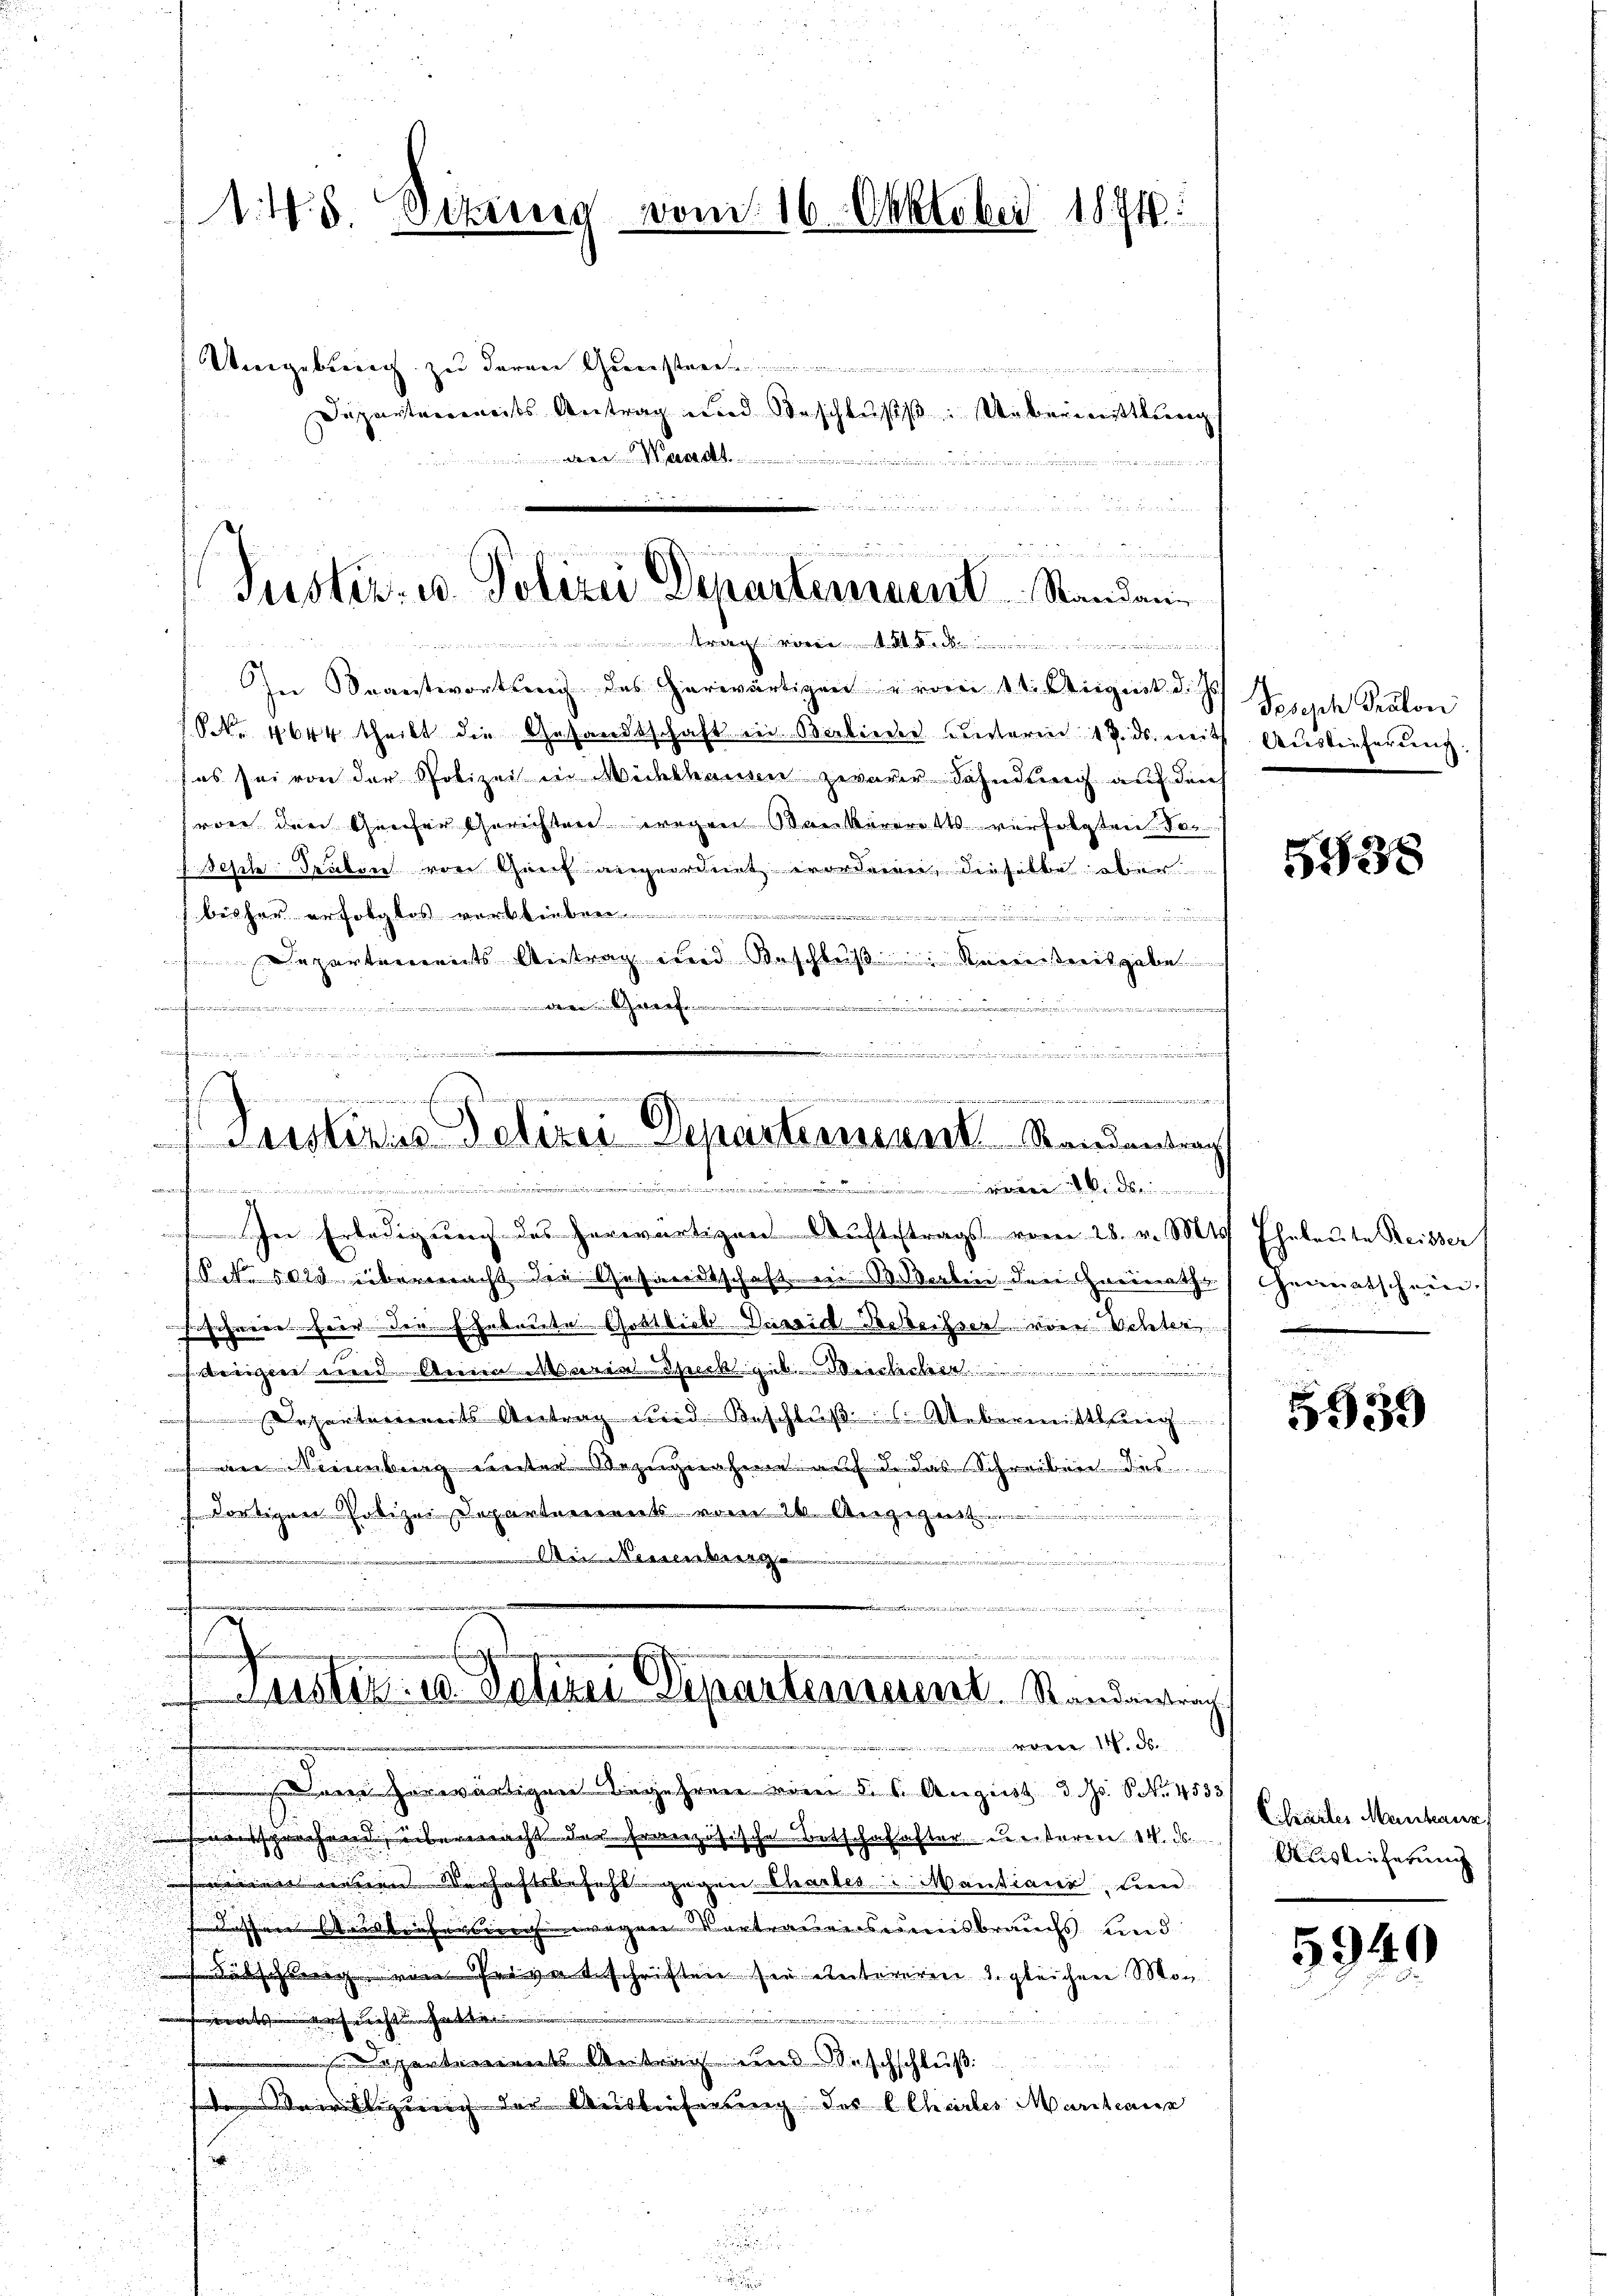
1.45 Sekrieg vom 16. Oktober 1874.

Umgebung zu deren Gunste
Departanereits Antrag und Beschluss: Uebermittlung
.
e

.
e

In Beantwortung des herwärtigen vom 11. August d. Js.
ONNo. 4644 theilt die Gesandtschaft in Babieder unterm 17. ds. mit
 es sei von der Polizei in Mithanen zweier Sahndung auf den
frone den Greser Gerichten wegen Marbarerett verfolgten Vor
desche Truben von Genf angeordnet worderen, dieselbe aber
bisher erfolgtes verblieben
Departements Antrag und Beschluß: Reinistreisgabe
d
i
Hiener u. einen eine
 In Erledigung des herwärtigen Auftrags vom 28. v. Mt
1.P. No 1025 übermacht die Gesandtschaft in Sorten den Greirath
sihrere für der Ehebaute Gottlich David Deckeiser von Wetter
deigen und Wien deren Deck geb. Wierlebe
Repertermits Antrag und Beschluß s. Uebermittlung
m Neuenburg unter Bezugnahme auf d. das Schreiben das
 dortigen Notizei Departements vom 26. August

Ain Neisenbringe
2744. Febr. a. a. 4 die
w wir war in w
n an den
Luster. 18. Jetirer Departement. Standantrach
d
Dem herwärtigen Begehren vom 5. 6. August d. Js. 8. No. 4555
ersprechend, übermacht der Französische Botschalaster unteren 14. ds.
 neuen Verhaftsbefehl gegen Chartes Mantiani, tren
Fischen beinstens wegen Vertraurisserenisbrauchs und
d
Hübschlage von Privatschriften sie untereren 1. gleichere Mofets nach ist

 10
Departements Antrag und Beschschluß
istigung der Auslieferung des charter Maritair
a
u

Suster u. Polizei Departement Standann
................

cheinen un
wenn in einmal einen verde in in der die an die in der
s
E
Leisterius Polizei Departenswert Randentrach
..........................
 einer in eine

Joseph Prolon
d Austeiferung

5938

Eheleute Reisser
Geimatschein.

5939

Chrailer Menchanz
Auslieferung

5940